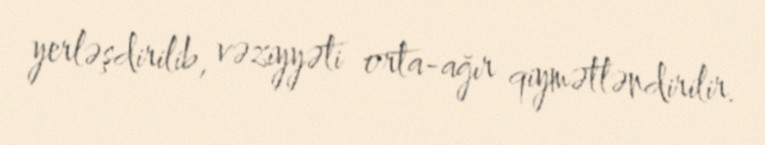
yerləşdirilib, vəziyyəti orta-ağır qiymətləndirilir.